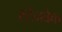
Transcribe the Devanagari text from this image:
स्टेनबेक